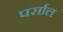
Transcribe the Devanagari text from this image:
पर्साल